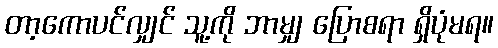
တာ့ကောပင်လျှင် သူ့ကို ဘာမျှ ပြောစရာ ရှိပုံမရ။